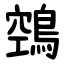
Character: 鵼